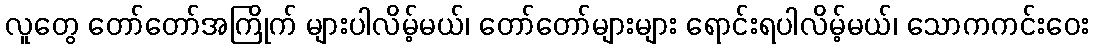
လူတွေ တော်တော်အကြိုက် များပါလိမ့်မယ်၊ တော်တော်များများ ရောင်းရပါလိမ့်မယ်၊ သောကကင်းဝေး